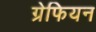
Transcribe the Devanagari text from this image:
ग्रेफियन